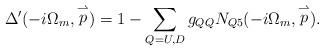
LaTeX: \begin{align*}{\Delta}'(-i\Omega_m, \stackrel{\rightharpoonup}{p})=1-\sum_{Q=U,D}g_{QQ}N_{Q5}(-i\Omega_m, \stackrel{\rightharpoonup}{p}).\end{align*}